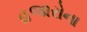
હજારોના